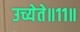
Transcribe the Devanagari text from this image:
उच्येते॥११॥